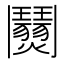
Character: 𩰜